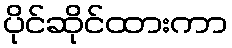
ပိုင်ဆိုင်ထားကာ